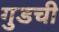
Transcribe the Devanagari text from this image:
गुडची